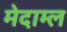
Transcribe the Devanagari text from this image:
मेदाम्ल